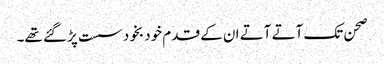
صحن تک آتے آتے ان کے قدم خود بخود سست پڑ گئے تھے۔